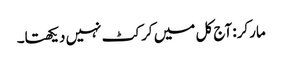
مارکر: آج کل میں کرکٹ نہیں دیکھتا۔